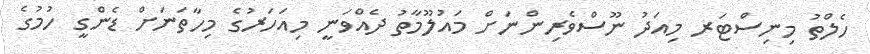
ހެލްތު މިނިސްޓަރ މިއަދު ނޫސްވެރިންނަށް މައުލޫމާތު ދެއްވަނީ މިއަހަރުގެ މިހާތަނަށް ޑެންގީ ހުމުގެ